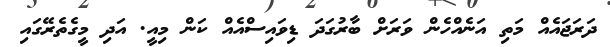
ދަރަޖައެއް މަތި އަނެއްހެން ވަރަށް ބާރުގަދަ ޑިވައިސްއެއް ކަން މިއީ. އަދި މީގެތެރޭގައި